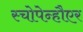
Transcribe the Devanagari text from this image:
स्चोपेन्हौएर